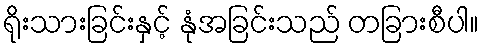
ရိုးသားခြင်းနှင့် နုံအခြင်းသည် တခြားစီပါ။